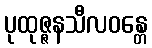
ပုထုဇ္ဇနသီလဝန္တေ